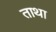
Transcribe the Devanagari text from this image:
ताथा